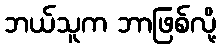
ဘယ်သူက ဘာဖြစ်လို့